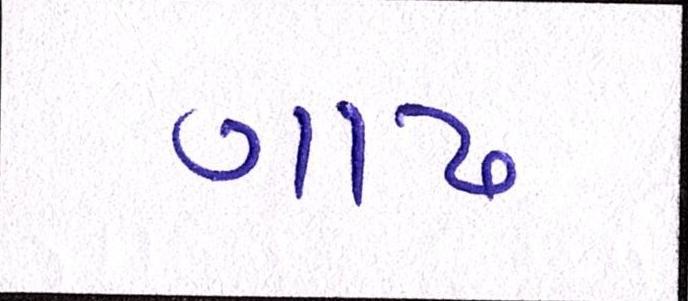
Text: ગાઢ